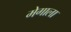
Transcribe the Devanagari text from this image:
मेगाला